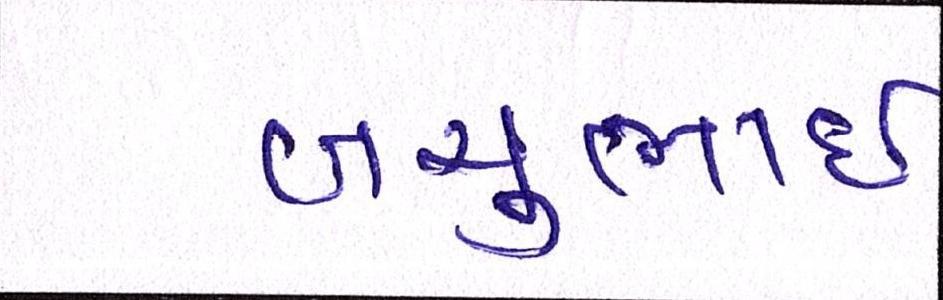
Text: બચુભાઈ